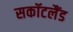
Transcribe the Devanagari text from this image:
सकॉटलैंड